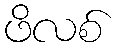
ဖိလစ်